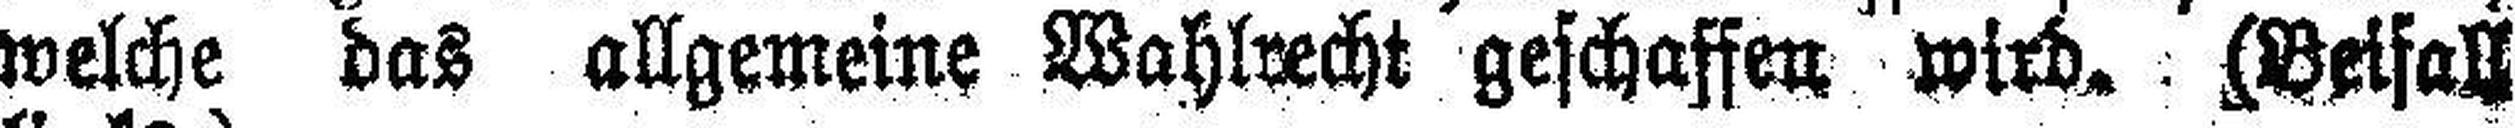
welche das allgemeine Wahlrecht geschaffen wird. (Beifall